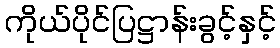
ကိုယ်ပိုင်ပြဋ္ဌာန်းခွင့်နှင့်